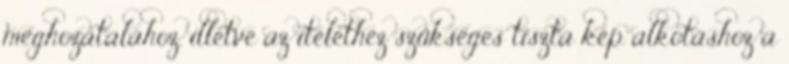
meghozatalához, illetve az ítélethez szükséges tiszta kép alkotáshoz a